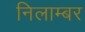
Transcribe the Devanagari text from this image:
निलाम्बर